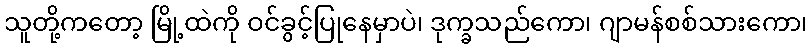
သူတို့ကတော့ မြို့ထဲကို ဝင်ခွင့်ပြုနေမှာပဲ၊ ဒုက္ခသည်ကော၊ ဂျာမန်စစ်သားကော၊